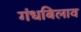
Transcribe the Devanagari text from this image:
गंधबिलाव